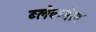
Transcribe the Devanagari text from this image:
ब्लेकमेल